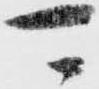
可